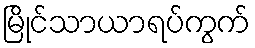
မြိုင်သာယာရပ်ကွက်